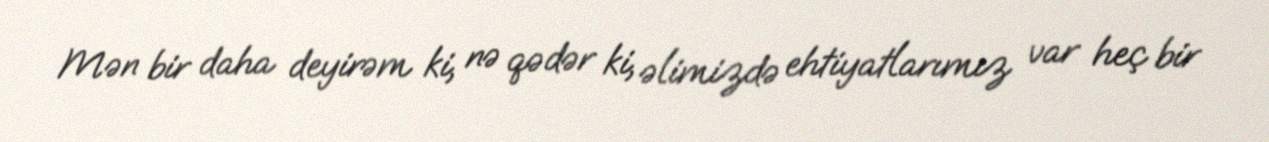
Mən bir daha deyirəm ki, nə qədər ki, əlimizdə ehtiyatlarımız var heç bir